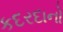
કદરદાનો